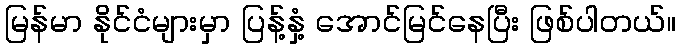
မြန်မာ နိုင်ငံများမှာ ပြန့်နှံ့ အောင်မြင်နေပြီး ဖြစ်ပါတယ်။